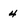
Character: 4